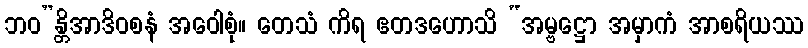
ဘဝ”န္တိအာဒိဝစနံ အဝေါစုံ။ တေသံ ကိရ ဧတဒဟောသိ “အမ္ဗဋ္ဌော အမှာကံ အာစရိယဿ